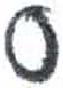
אות: ס